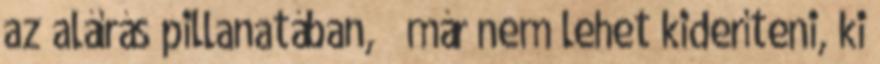
az aláírás pillanatában,  már nem lehet kideríteni, ki